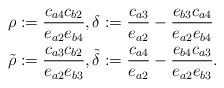
LaTeX: \begin{align*}\rho&:=\frac{c_{a4}c_{b2}}{e_{a2}e_{b4}}, \delta:=\frac{c_{a3}}{e_{a2}}-\frac{e_{b3}c_{a4}}{e_{a2}e_{b4}}\\\tilde{\rho}&:=\frac{c_{a3}c_{b2}}{e_{a2}e_{b3}}, \tilde{\delta}:=\frac{c_{a4}}{e_{a2}}-\frac{e_{b4}c_{a3}}{e_{a2}e_{b3}}.\end{align*}